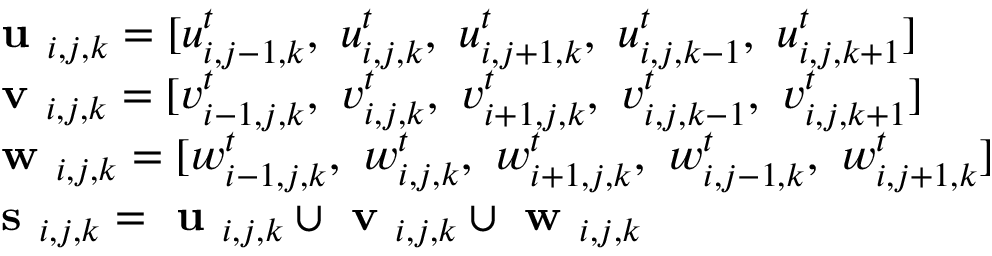
\begin{array} { r l } & { \textbf { u } _ { i , j , k } = \lbrack u _ { i , j - 1 , k } ^ { t } , ~ u _ { i , j , k } ^ { t } , ~ u _ { i , j + 1 , k } ^ { t } , ~ u _ { i , j , k - 1 } ^ { t } , ~ u _ { i , j , k + 1 } ^ { t } \rbrack } \\ & { \textbf { v } _ { i , j , k } = \lbrack v _ { i - 1 , j , k } ^ { t } , ~ v _ { i , j , k } ^ { t } , ~ v _ { i + 1 , j , k } ^ { t } , ~ v _ { i , j , k - 1 } ^ { t } , ~ v _ { i , j , k + 1 } ^ { t } \rbrack } \\ & { \textbf { w } _ { i , j , k } = \lbrack w _ { i - 1 , j , k } ^ { t } , ~ w _ { i , j , k } ^ { t } , ~ w _ { i + 1 , j , k } ^ { t } , ~ w _ { i , j - 1 , k } ^ { t } , ~ w _ { i , j + 1 , k } ^ { t } \rbrack } \\ & { \textbf { s } _ { i , j , k } = \textbf { u } _ { i , j , k } \cup \textbf { v } _ { i , j , k } \cup \textbf { w } _ { i , j , k } } \end{array}